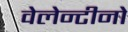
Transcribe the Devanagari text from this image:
वेलेन्टीनो